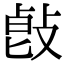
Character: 𢽭